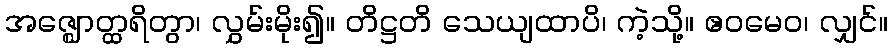
အဇ္ဈောတ္ထရိတွာ၊ လွှမ်းမိုး၍။ တိဋ္ဌတိ သေယျထာပိ၊ ကဲ့သို့။ ဧဝမေဝ၊ လျှင်။